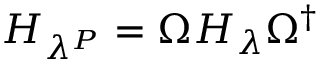
H _ { \lambda ^ { P } } = \Omega H _ { \lambda } \Omega ^ { \dagger }